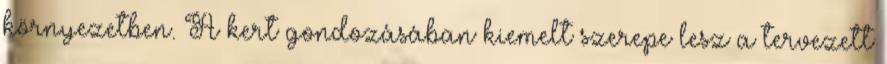
környezetben. A kert gondozásában kiemelt szerepe lesz a tervezett